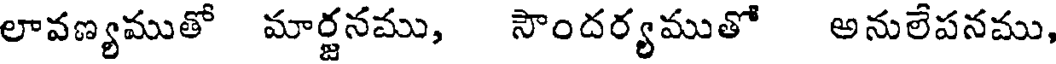
లావణ్యముతో మార్జనము, సౌందర్యముతో అనులేపనము,